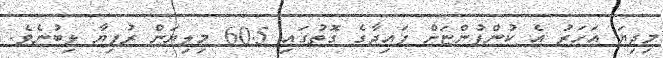
މިދިޔަ އަހަރު އެ ކުންފުންޏަށް ފައިދާގެ ގޮތުގައި 60.5 މިލިޔަން ރުފިޔާ ލިބުނެވެ.